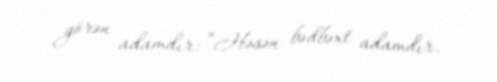
görən adamdır: “Həsən bədbəxt adamdır.